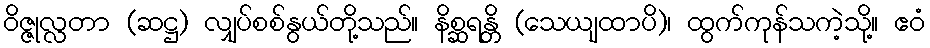
ဝိဇ္ဇုလ္လတာ (ဆဋ္ဌ) လျှပ်စစ်နွယ်တို့သည်။ နိစ္ဆရန္တိ (သေယျထာပိ)၊ ထွက်ကုန်သကဲ့သို့။ ဧဝံ